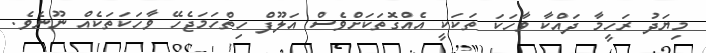
މިޔަދު ރަހީމާ ދައްކާ ވާހަކަ ތަކަކީ އެއްގޮތަކަށްވެސް އަލޫފް ހިތްހަމަޖެހޭ ވާހަކަތަކެއް ނޫނެވެ.